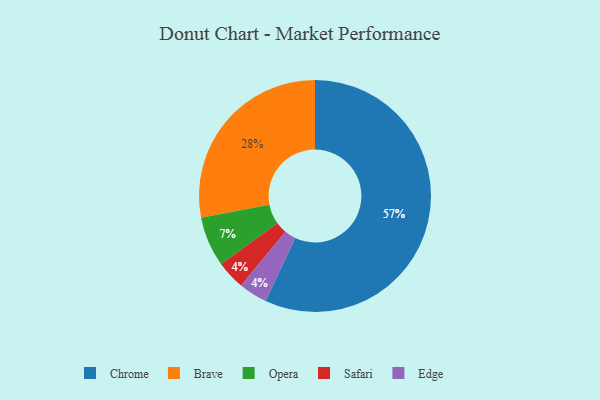
{"axis": {"x": "Category", "y": "Percentage"}, "legend": ["Brave", "Chrome", "Edge", "Opera", "Safari"], "data": [{"x": "Chrome", "y": 57, "type": "Chrome"}, {"x": "Safari", "y": 4, "type": "Safari"}, {"x": "Edge", "y": 4, "type": "Edge"}, {"x": "Opera", "y": 7, "type": "Opera"}, {"x": "Brave", "y": 28, "type": "Brave"}]}